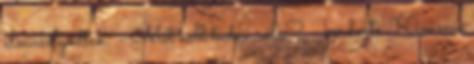
elmosolyodtak. - Mit kell tudni róla? - kérdezte Kimmie